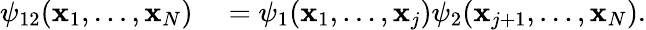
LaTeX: \begin{array}{rl}{\psi_{12}(\mathbf{x}_{1},\ldots,\mathbf{x}_{N})}&{{}=\psi_{1}(\mathbf{x}_{1},\ldots,\mathbf{x}_{j})\psi_{2}(\mathbf{x}_{j+1},\ldots,\mathbf{x}_{N}).}\end{array}